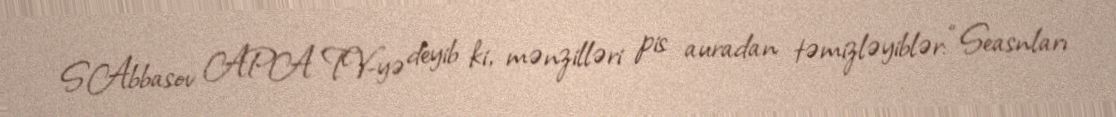
S.Abbasov APA TV-yə deyib ki, mənzilləri pis auradan təmizləyiblər: “Seasnları